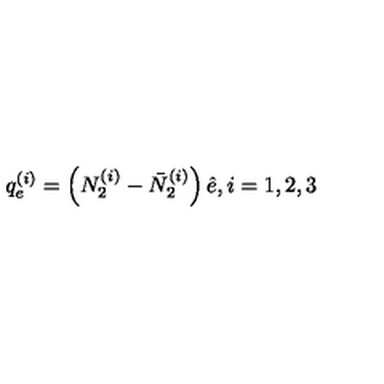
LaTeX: q _ { e } ^ { ( i ) } = \left( N _ { 2 } ^ { ( i ) } - \bar { N } _ { 2 } ^ { ( i ) } \right) \hat { e } , i = 1 , 2 , 3